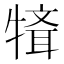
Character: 𤛄